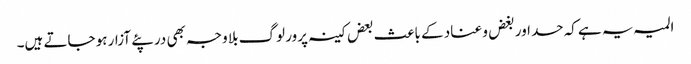
المیہ یہ ہے کہ حسد اور بغض و عناد کے باعث بعض کینہ پرور لوگ بلا وجہ بھی در پئے آزار ہو جاتے ہیں۔